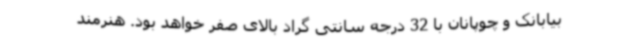
بیابانک و چوپانان با 32 درجه سانتی گراد بالای صفر خواهد بود. هنرمند